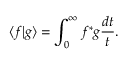
\langle f \vert g \rangle = \int _ { 0 } ^ { \infty } f ^ { * } g \frac { d t } { t } .